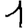
Digit: 1